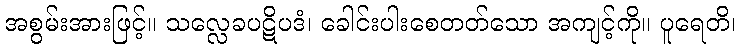
အစွမ်းအားဖြင့်။ သလ္လေခပဋိပဒံ၊ ခေါင်းပါးစေတတ်သော အကျင့်ကို။ ပူရေတိ၊